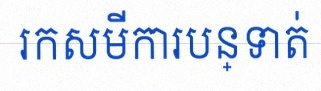
រកសមីការបន្ទាត់